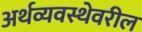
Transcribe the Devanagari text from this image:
अर्थव्यवस्थेवरील